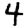
Digit: 4